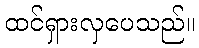
ထင်ရှားလှပေသည်။